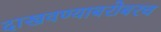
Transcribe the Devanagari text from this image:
दाखवण्याबरोबरच